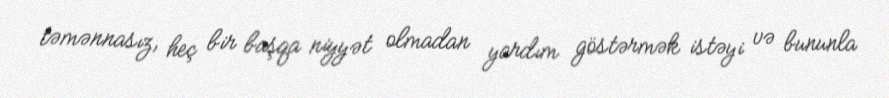
təmənnasız, heç bir başqa niyyət olmadan yardım göstərmək istəyi və bununla